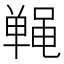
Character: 𬹤